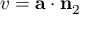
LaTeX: v = \mathbf { a } \cdot \mathbf { n } _ { 2 }